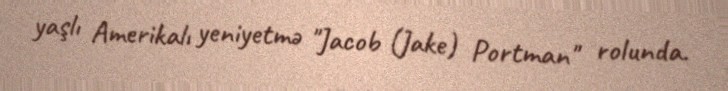
yaşlı Amerikalı yeniyetmə "Jacob (Jake) Portman" rolunda.